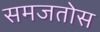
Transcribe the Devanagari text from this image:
समजतोस